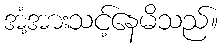
အံ့အားသင့်နေမိသည်။